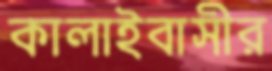
কালাইবাসীর